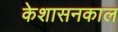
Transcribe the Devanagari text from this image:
केशासनकाल